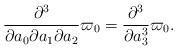
LaTeX: \begin{align*}\frac{\partial^3}{\partial a_0\partial a_1\partial a_2}\varpi_0=\frac{\partial^3}{\partial a_3^3}\varpi_0.\end{align*}